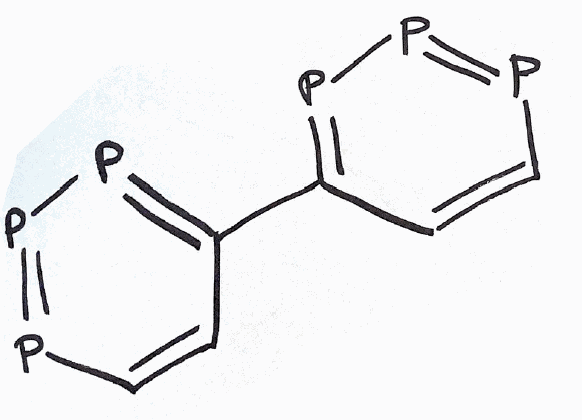
Simplified molecular-input line-entry system (SMILES) notation of the given molecule:
C1=CP=PP=C1C2=PP=PC=C2